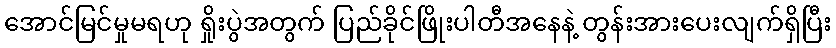
အောင်မြင်မှုမရဟု ရှိုးပွဲအတွက် ပြည်ခိုင်ဖြိုးပါတီအနေနဲ့ တွန်းအားပေးလျက်ရှိပြီး